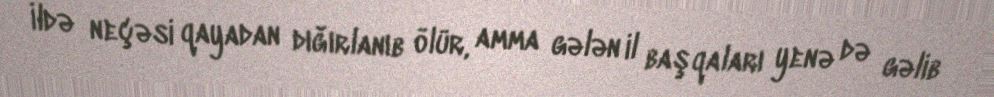
İldə neçəsi qayadan dığırlanıb ölür, amma gələn il başqaları yenə də gəlib